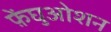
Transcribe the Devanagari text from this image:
फ़ेंघुओशन